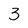
Character: 3